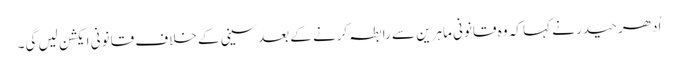
اُدھر حیدر نے کہا کہ وہ قانونی ماہرین سے رابطہ کرنے کے بعدسینی کے خلاف قانونی ایکشن لیں گی۔